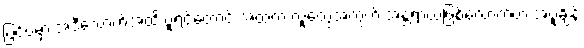
ပြင်ပမှာ အဲဒီလောက်အထိ ပူရင်တောင် အထဲက လူတွေအတွက် အန္တ္တရာယ်ဖြစ်လောက်တဲ့ အပူချိန်